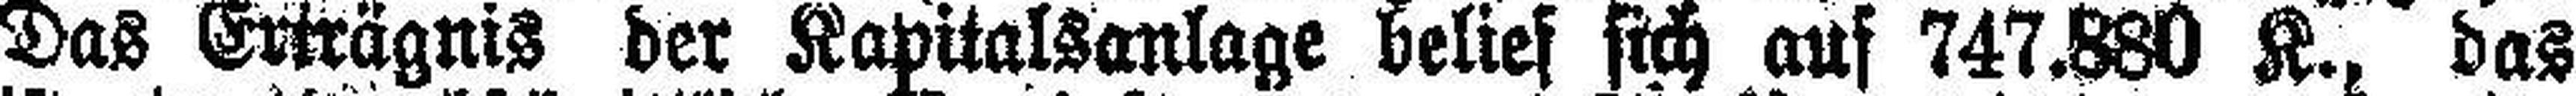
Das Erträgnis der Kapitalsanlage belief sich auf 747.880 K., das